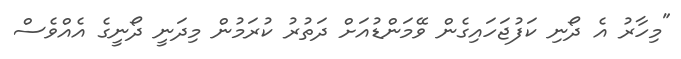
"މިހާރު އެ ދޯނި ކަފުޖަހައިގެން ވޭމަންޑުއަށް ދަތުރު ކުރަމުން މިދަނީ ދޯނީގެ އެއްވެސް